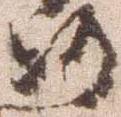
沙